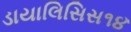
ડાયાલિસિસ૧૪